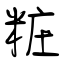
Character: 粧